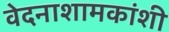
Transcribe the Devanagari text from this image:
वेदनाशामकांशी